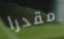
مقدرا